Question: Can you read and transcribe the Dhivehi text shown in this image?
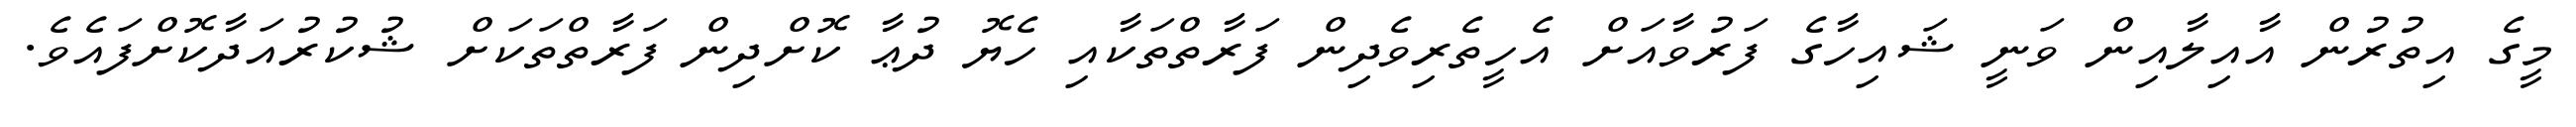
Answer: މީގެ އިތުރުން އާއިލާއިން ވަނީ ޝައިހާގެ ފަރުވާއަށް އެހީތެރިވެދިން ފަރާތްތަކާއި ހެޔޮ ދުޢާ ކޮށްދިން ފަރާތްތަކަށް ޝުކުރުއަދާކޮށްފައެވެ.